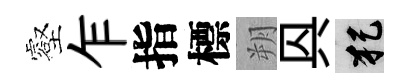
壑乍指標朔㒷犯